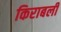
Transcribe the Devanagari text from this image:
किराबली